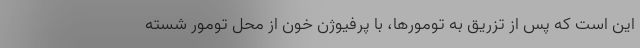
این است که پس از تزریق به تومورها، با پرفیوژن خون از محل تومور شسته